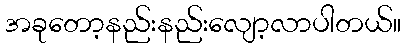
အခုတော့နည်းနည်းလျော့လာပါတယ်။